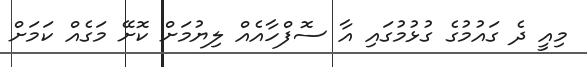
މިއީ ދެ ގައުމުގެ ގުޅުމުގައި އާ ސޮފްހާއެއް ލިޔުމަށް ކޮށޭ މަގެއް ކަމަށް